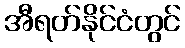
အီရတ်နိုင်ငံတွင်